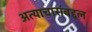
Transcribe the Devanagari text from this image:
अत्याचारांबद्दल